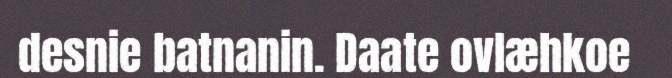
desnie batnanin. Daate ovlæhkoe